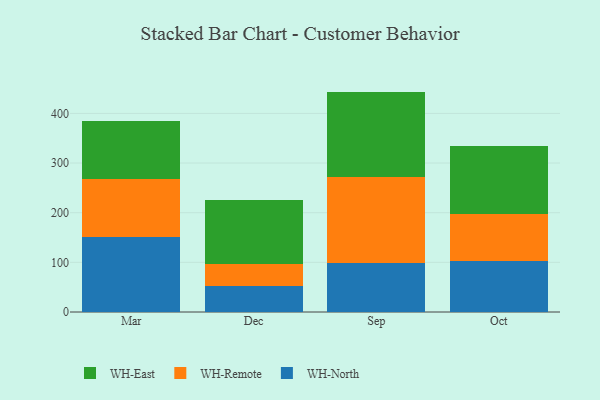
{"axis": {"x": "Month", "y": "Headcount"}, "legend": ["WH-East", "WH-North", "WH-Remote"], "data": [{"x": "Mar", "y": 150.6, "type": "WH-North"}, {"x": "Mar", "y": 116.8, "type": "WH-Remote"}, {"x": "Mar", "y": 117.0, "type": "WH-East"}, {"x": "Dec", "y": 51.5, "type": "WH-North"}, {"x": "Dec", "y": 44.2, "type": "WH-Remote"}, {"x": "Dec", "y": 130.6, "type": "WH-East"}, {"x": "Sep", "y": 99.0, "type": "WH-North"}, {"x": "Sep", "y": 172.0, "type": "WH-Remote"}, {"x": "Sep", "y": 172.9, "type": "WH-East"}, {"x": "Oct", "y": 102.5, "type": "WH-North"}, {"x": "Oct", "y": 95.0, "type": "WH-Remote"}, {"x": "Oct", "y": 137.0, "type": "WH-East"}]}